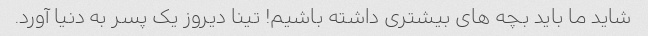
شاید ما باید بچه های بیشتری داشته باشیم! تینا دیروز یک پسر به دنیا آورد.